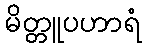
မိတ္တူပဟာရံ